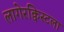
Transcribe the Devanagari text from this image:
लागेरक्विस्टला